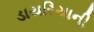
ડાયરિયાની